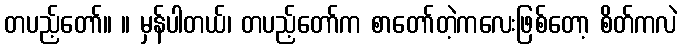
တပည့်တော်။ ။ မှန်ပါတယ်၊ တပည့်တော်က စာတော်တဲ့ကလေးဖြစ်တော့ စိတ်ကလဲ